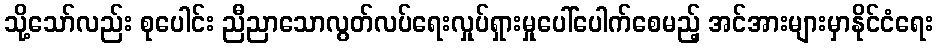
သို့သော်လည်း စုပေါင်း ညီညာသောလွတ်လပ်ရေးလှုပ်ရှားမှုပေါ်ပေါက်စေမည့် အင်အားများမှာနိုင်ငံရေး